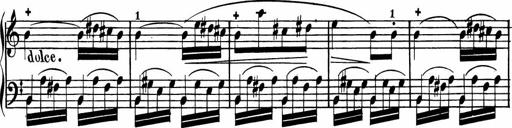
Title: Rosen ohne Dornen
Composer: Gustav Lange